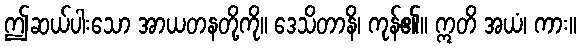
ဤဆယ်ပါးသော အာယတနတို့ကို။ ဒေသိတာနိ၊ ကုန်၏။ ဣတိ အယံ၊ ကား။